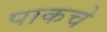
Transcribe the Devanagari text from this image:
पाकचे